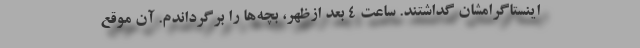
اینستاگرامشان گداشتند. ساعت ۴ بعد ازظهر، بچه‌ها را برگرداندم. آن موقع